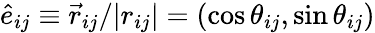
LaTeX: \hat{e}_{ij}\equiv\vec{r}_{ij}/|r_{ij}|=(\cos\theta_{ij},\sin\theta_{ij})